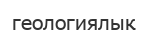
геологиялық